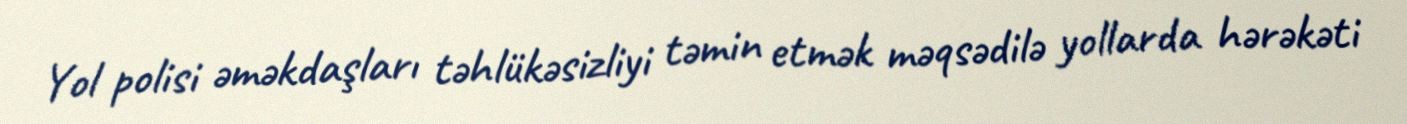
Yol polisi əməkdaşları təhlükəsizliyi təmin etmək məqsədilə yollarda hərəkəti